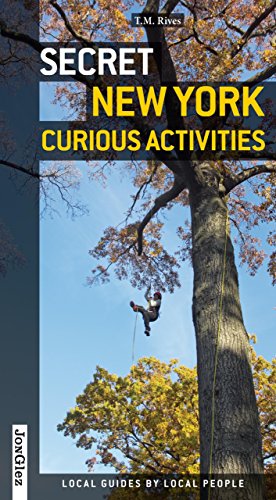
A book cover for Secret New York - Curious Activities; T. M. Rives; Humor & Entertainment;